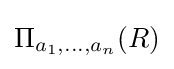
\Pi _{a_{1},...,a_{n}}(R)